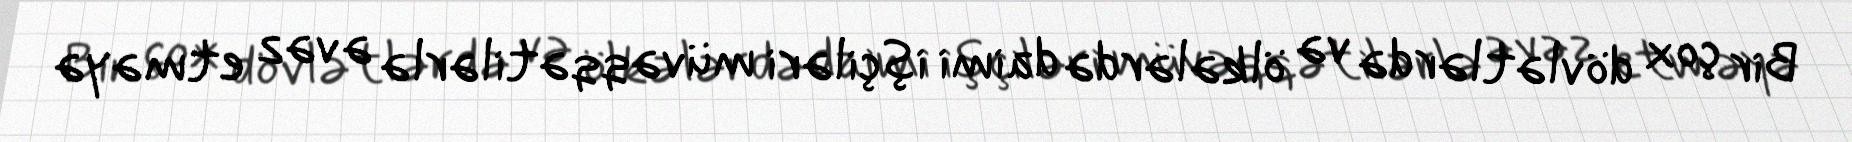
Bir çox dövlətlərdə və ölkələrdə daimi işçiləri müvəqqətilərlə əvəz etməyə